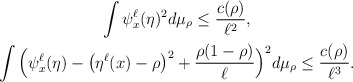
\begin{align*}\begin{gathered}\int \psi_x^\ell(\eta)^2 d\mu_\rho \leq \frac{c(\rho)}{\ell^2},\\\int \Big( \psi_x^\ell(\eta) - \big(\eta^\ell(x) -\rho\big)^2 +\frac{\rho(1-\rho)}{\ell}\Big)^2 d\mu_\rho \leq \frac{c(\rho)}{\ell^3}.\end{gathered}\end{align*}